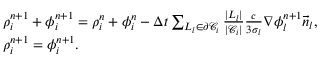
\begin{array} { r l } & { \rho _ { i } ^ { n + 1 } + \phi _ { i } ^ { n + 1 } = \rho _ { i } ^ { n } + \phi _ { i } ^ { n } - \Delta t \sum _ { L _ { l } \in \partial \mathcal { C } _ { i } } \frac { | L _ { l } | } { | \mathcal { C } _ { i } | } \frac { c } { 3 \sigma _ { l } } \nabla \phi _ { l } ^ { n + 1 } \vec { n } _ { l } , } \\ & { \rho _ { i } ^ { n + 1 } = \phi _ { i } ^ { n + 1 } . } \end{array}